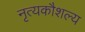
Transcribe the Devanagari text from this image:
नृत्यकौशल्य